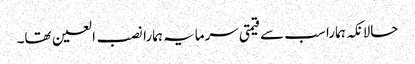
حالانکہ ہمارا سب سے قیمتی سرمایہ ہمارا نصب العین تھا۔